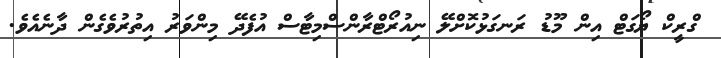
ގްރީކް ޔޯގަޓް އިން މޫޑު ރަނގަޅުކޮށްލޭ ނިއުރޯޓްރާންސްމިޓާސް އުފެދޭ މިންވަރު އިތުރުވެގެން ދާނެއެވެ.